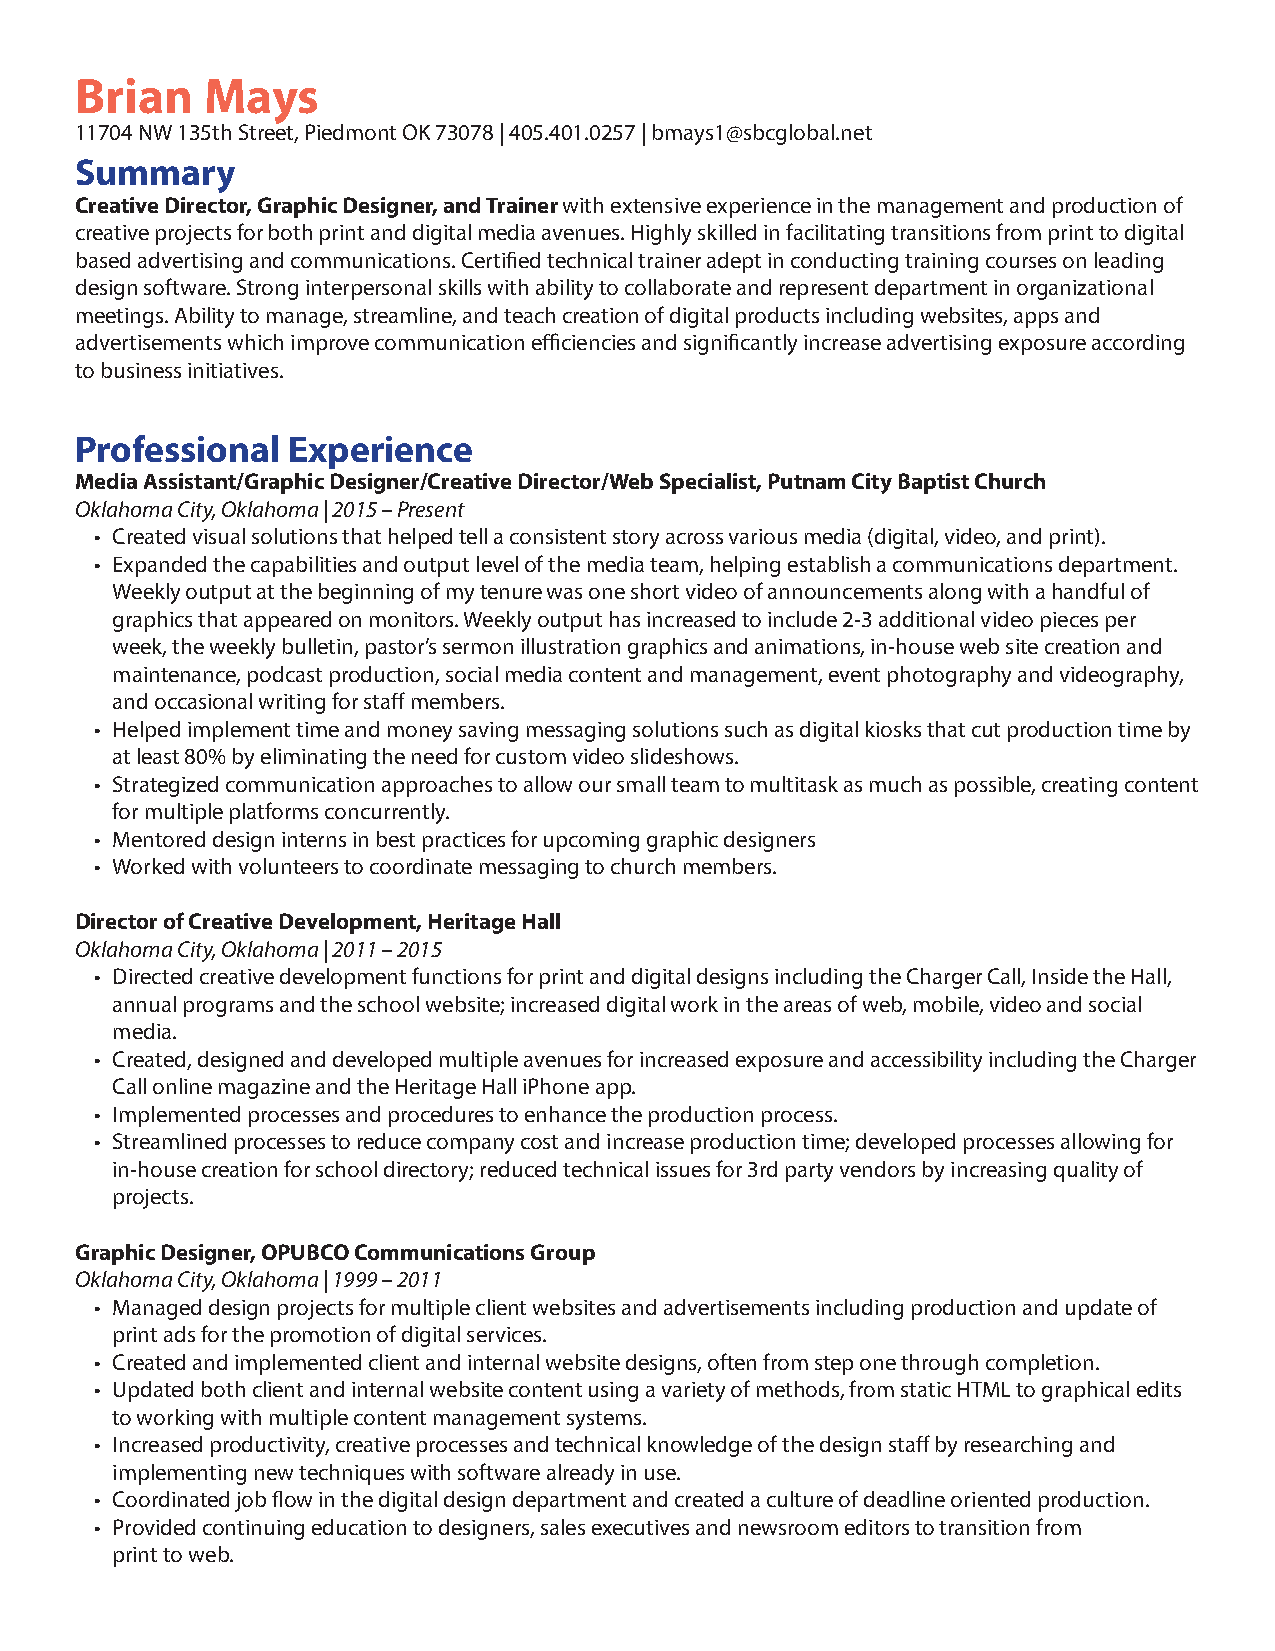
Brian   Mays
 11704 NW 135th Street, Piedmont OK 73078 | 405.401.0257 | bmays1@sbcglobal.net
 Summary
 Creative Director, Graphic Designer, and Trainer with extensive experience in the management and production of
 creative projects for both print and digital media avenues. Highly skilled in facilitating transitions from print to digital
 based advertising and communications. Certified technical trainer adept in conducting training courses on leading
 design software. Strong interpersonal skills with ability to collaborate and represent department in organizational
 meetings. Ability to manage, streamline, and teach creation of digital products including websites, apps and
 advertisements which improve communication efficiencies and significantly increase advertising exposure according
 to business initiatives.
 Professional  Experience
 Media Assistant/Graphic Designer/Creative Director/Web Specialist, Putnam City Baptist Church
 Oklahoma City, Oklahoma | 2015 – Present
 • Created visual solutions that helped tell a consistent story across various media (digital, video, and print).
 • Expanded the capabilities and output level of the media team, helping establish a communications department.
 Weekly output at the beginning of my tenure was one short video of announcements along with a handful of
 graphics that appeared on monitors. Weekly output has increased to include 2-3 additional video pieces per
 week, the weekly bulletin, pastor’s sermon illustration graphics and animations, in-house web site creation and
 maintenance, podcast production, social media content and management, event photography and videography,
 and occasional writing for staff members.
 • Helped implement time and money saving messaging solutions such as digital kiosks that cut production time by
 at least 80% by eliminating the need for custom video slideshows.
 • Strategized communication approaches to allow our small team to multitask as much as possible, creating content
 for multiple platforms concurrently.
 • Mentored design interns in best practices for upcoming graphic designers
 • Worked with volunteers to coordinate messaging to church members.
 Director of Creative Development, Heritage Hall
 Oklahoma City, Oklahoma | 2011 – 2015
 • Directed creative development functions for print and digital designs including the Charger Call, Inside the Hall,
 annual programs and the school website; increased digital work in the areas of web, mobile, video and social
 media.
 • Created, designed and developed multiple avenues for increased exposure and accessibility including the Charger
 Call online magazine and the Heritage Hall iPhone app.
 • Implemented processes and procedures to enhance the production process.
 • Streamlined processes to reduce company cost and increase production time; developed processes allowing for
 in-house creation for school directory; reduced technical issues for 3rd party vendors by increasing quality of
 projects.
 Graphic Designer, OPUBCO Communications Group
 Oklahoma City, Oklahoma | 1999 – 2011
 • Managed design projects for multiple client websites and advertisements including production and update of
 print ads for the promotion of digital services.
 • Created and implemented client and internal website designs, often from step one through completion.
 • Updated both client and internal website content using a variety of methods, from static HTML to graphical edits
 to working with multiple content management systems.
 • Increased productivity, creative processes and technical knowledge of the design staff by researching and
 implementing new techniques with software already in use.
 • Coordinated job flow in the digital design department and created a culture of deadline oriented production.
 • Provided continuing education to designers, sales executives and newsroom editors to transition from
 print to web.